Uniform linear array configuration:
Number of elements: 16
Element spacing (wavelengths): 0.5
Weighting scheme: kaiser
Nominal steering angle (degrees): -15
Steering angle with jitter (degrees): -13.87
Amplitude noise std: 0.05
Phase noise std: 0.05

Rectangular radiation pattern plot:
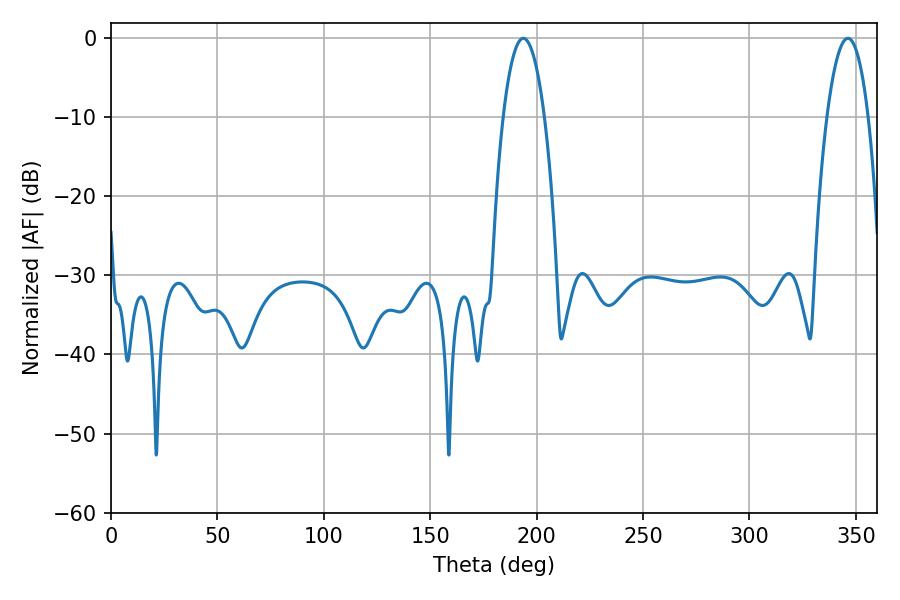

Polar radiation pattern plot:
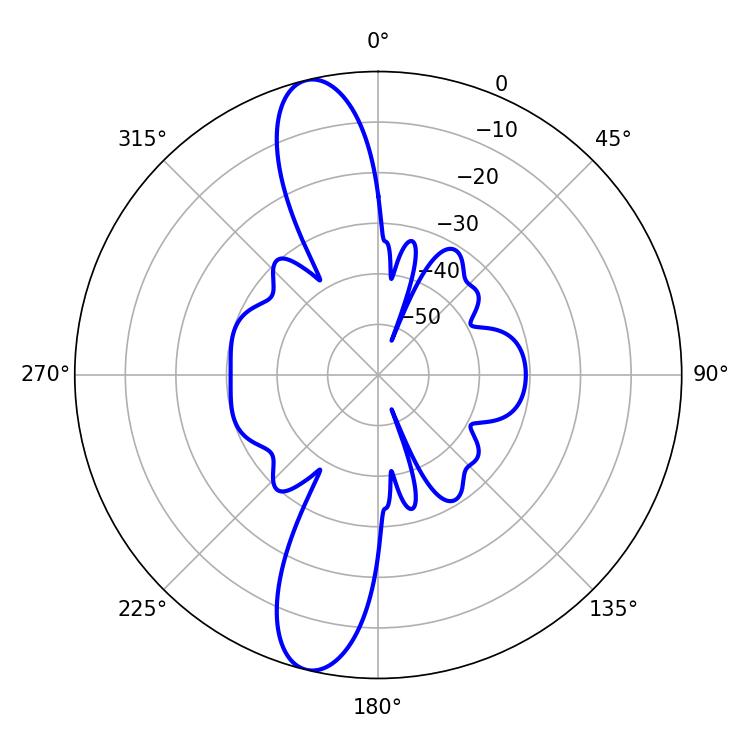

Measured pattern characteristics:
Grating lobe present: FALSE
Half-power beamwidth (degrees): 10.8
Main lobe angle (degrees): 346.32